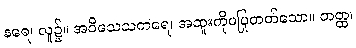
နရေ၊ လူ၌။ အဝိသေသကရေ၊ အထူးကိုမပြုတတ်သော။ တတ္ထ၊